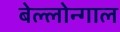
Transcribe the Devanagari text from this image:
बेल्लोन्गाल